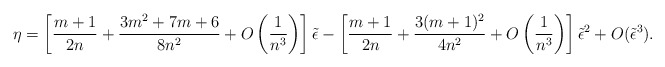
\begin{align*}\eta = \left[{m+1 \over 2n}+ {3m^2+7m+6 \over 8n^2}+ O\left({1 \over n^3}\right)\right]\tilde \epsilon - \left[{m+1 \over 2n}+{3(m+1)^2 \over 4n^2}+O\left({1 \over n^3}\right)\right]\tilde \epsilon^2 +O(\tilde \epsilon^3).\end{align*}